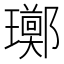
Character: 𪼫